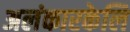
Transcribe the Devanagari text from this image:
अलंकारकेलि